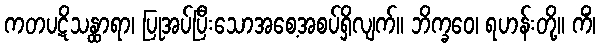
ကတပဋိသန္ထာရာ၊ ပြုအပ်ပြီးသောအစေ့အစပ်ရှိလျက်။ ဘိက္ခဝေ၊ ရဟန်းတို့။ ကိံ၊